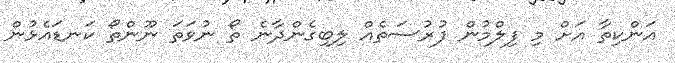
އަންކިތާ އަށް މި ފިލްމުން ފުރުސަތެއް ލިބިގެންދާނެ ތޯ ނުވަތަ ނޫންތޯ ކަނޑައެޅުން